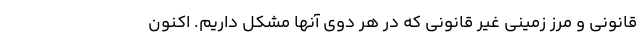
قانونی و مرز زمینی غیر قانونی که در هر دوی آنها مشکل داریم. اکنون